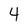
Character: 4